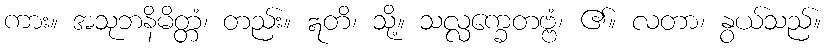
ကား။ အသုဘနိမိတ္တံ၊ တည်း။ ဣတိ၊ သို့။ သလ္လက္ခေတဗ္ဗံ၊ ၏။ လတာ၊ နွယ်သည်။